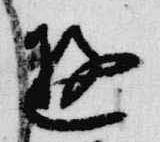
遊